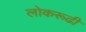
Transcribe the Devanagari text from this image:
लोकरूढी